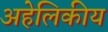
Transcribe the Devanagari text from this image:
अहेलिकीय